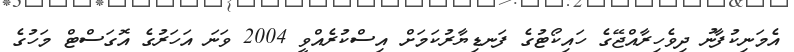
އެމަނިކުފާނު ދިވެހިރާއްޖޭގެ ހައިކޯޓުގެ ފަނޑިޔާރުކަމަށް އިސްކުރެއްވީ 2004 ވަނަ އަހަރުގެ އޮގަސްޓް މަހުގެ